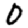
Digit: 0